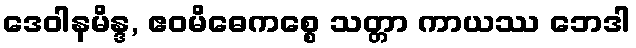
ဒေဝါနမိန္ဒ, ဧဝမိဓေကစ္စေ သတ္တာ ကာယဿ ဘေဒါ